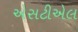
એસટીએલ